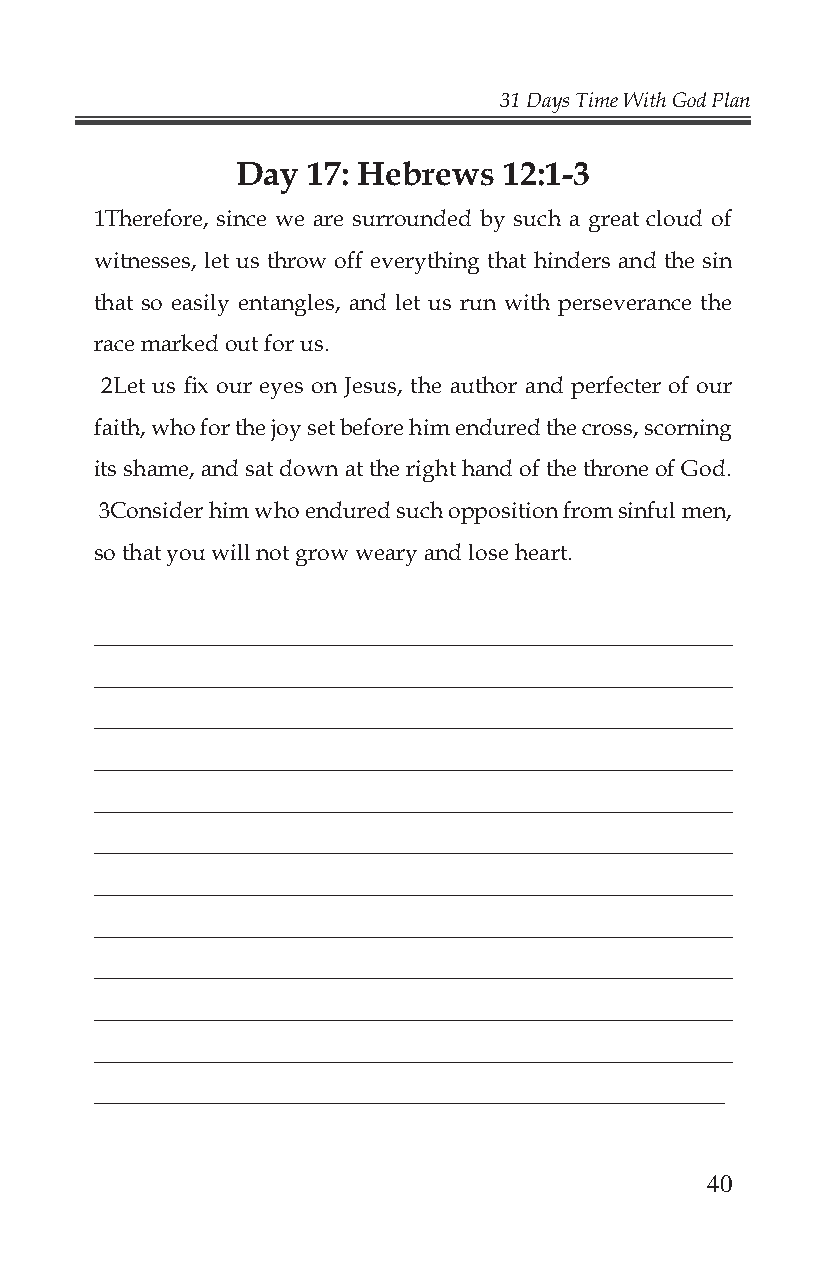
31 Days Time With God Plan
 Day 17: Hebrews  12:1-3
 1Therefore, since we are surrounded by such a great cloud of
 witnesses, let us throw off everything that hinders and the sin
 that so easily entangles, and let us run with perseverance the
 race marked out for us.
 2Let us fi x our eyes on Jesus, the author and perfecter of our
 faith, who for the joy set before him endured the cross, scorning
 its shame, and sat down at the right hand of the throne of God.
 3Consider him who endured such opposition from sinful men,
 so that you will not grow weary and lose heart.
 _______________________________________________________
 _______________________________________________________
 _______________________________________________________
 _______________________________________________________
 _______________________________________________________
 _______________________________________________________
 _______________________________________________________
 _______________________________________________________
 _______________________________________________________
 _______________________________________________________
 _______________________________________________________
 _______________________________________________________
 40